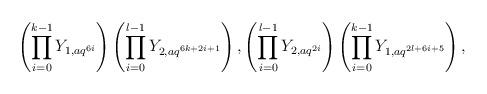
LaTeX: \begin{align*}\left( \prod_{i=0}^{k-1} Y_{1, aq^{6i}} \right) \left( \prod_{i=0}^{l-1} Y_{2, aq^{6k+2i+1}} \right), \left( \prod_{i=0}^{l-1} Y_{2, aq^{2i}} \right) \left( \prod_{i=0}^{k-1} Y_{1, aq^{2l+6i+5}} \right),\end{align*}